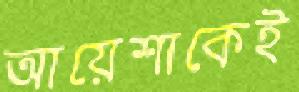
আয়েশাকেই